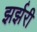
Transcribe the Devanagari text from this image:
झर्झरी